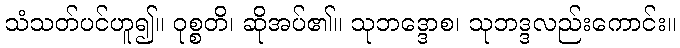
သံသတ်ပင်ဟူ၍။ ဝုစ္စတိ၊ ဆိုအပ်၏။ သုဘဒ္ဒောစ၊ သုဘဒ္ဒလည်းကောင်း။